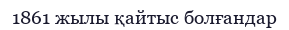
1861 жылы қайтыс болғандар